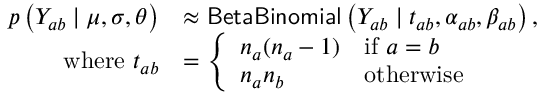
\begin{array} { r l } { p \left( Y _ { a b } \mid \mu , \sigma , \theta \right) } & { \approx \mathsf { B e t a B i n o m i a l } \left( Y _ { a b } \mid t _ { a b } , \alpha _ { a b } , \beta _ { a b } \right) , } \\ { \mathrm { w h e r e ~ } t _ { a b } } & { = \left\{ \begin{array} { l l } { n _ { a } ( n _ { a } - 1 ) } & { \mathrm { i f ~ } a = b } \\ { n _ { a } n _ { b } } & { \mathrm { o t h e r w i s e } } \end{array} \right. } \end{array}